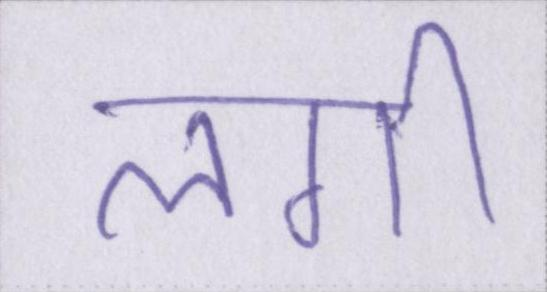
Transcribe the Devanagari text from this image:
लगीं